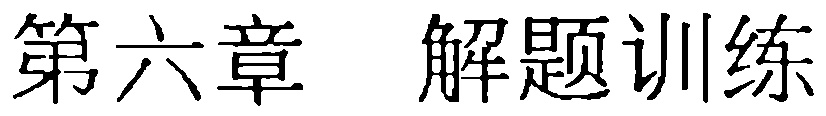
第六章 解题训练